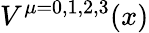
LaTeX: V^{\mu=0,1,2,3}(x)